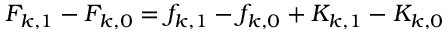
F _ { k , 1 } - F _ { k , 0 } = f _ { k , 1 } - f _ { k , 0 } + K _ { k , 1 } - K _ { k , 0 }